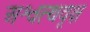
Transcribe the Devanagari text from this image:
अश्वत्थवृक्ष